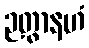
ဉတွာနဟံ